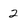
Character: 2